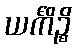
ယင်္ကိဉ္စိ